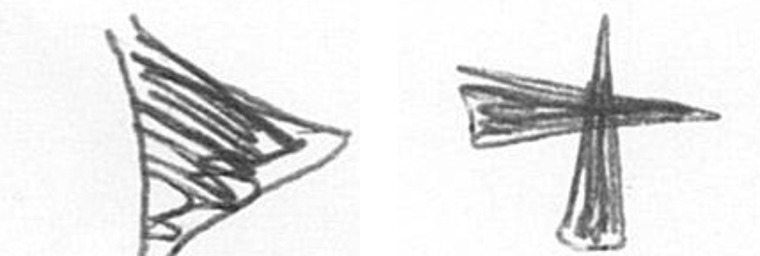
T G